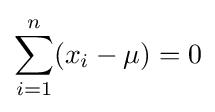
\sum _{i=1}^{n}(x_{i}-\mu )=0